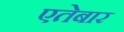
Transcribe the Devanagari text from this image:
एतेबार